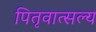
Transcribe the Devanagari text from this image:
पितृवात्सल्य